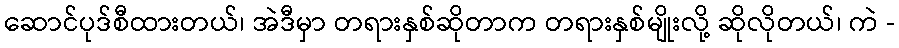
ဆောင်ပုဒ်စီထားတယ်၊ အဲဒီမှာ တရားနှစ်ဆိုတာက တရားနှစ်မျိုးလို့ ဆိုလိုတယ်၊ ကဲ -